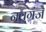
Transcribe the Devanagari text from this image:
नवगंज